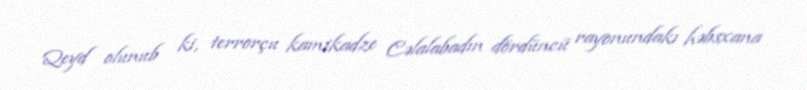
Qeyd olunub ki, terrorçu kamikadze Cəlalabadın dördüncü rayonundakı həbsxana